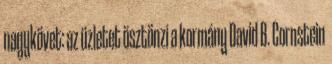
nagykövet: az üzletet ösztönzi a kormány David B. Cornstein